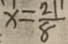
x = \frac { 2 1 } { 8 }